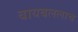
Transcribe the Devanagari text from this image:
बायबललाच